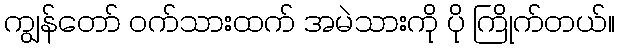
ကျွန်တော် ဝက်သားထက် အမဲသားကို ပို ကြိုက်တယ်။